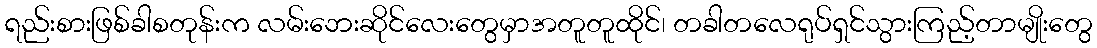
ရည်းစားဖြစ်ခါစတုန်းက လမ်းဘေးဆိုင်လေးတွေမှာအတူတူထိုင်၊ တခါတလေရုပ်ရှင်သွားကြည့်တာမျိုးတွေ